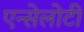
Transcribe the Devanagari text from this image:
एन्सेलोटी